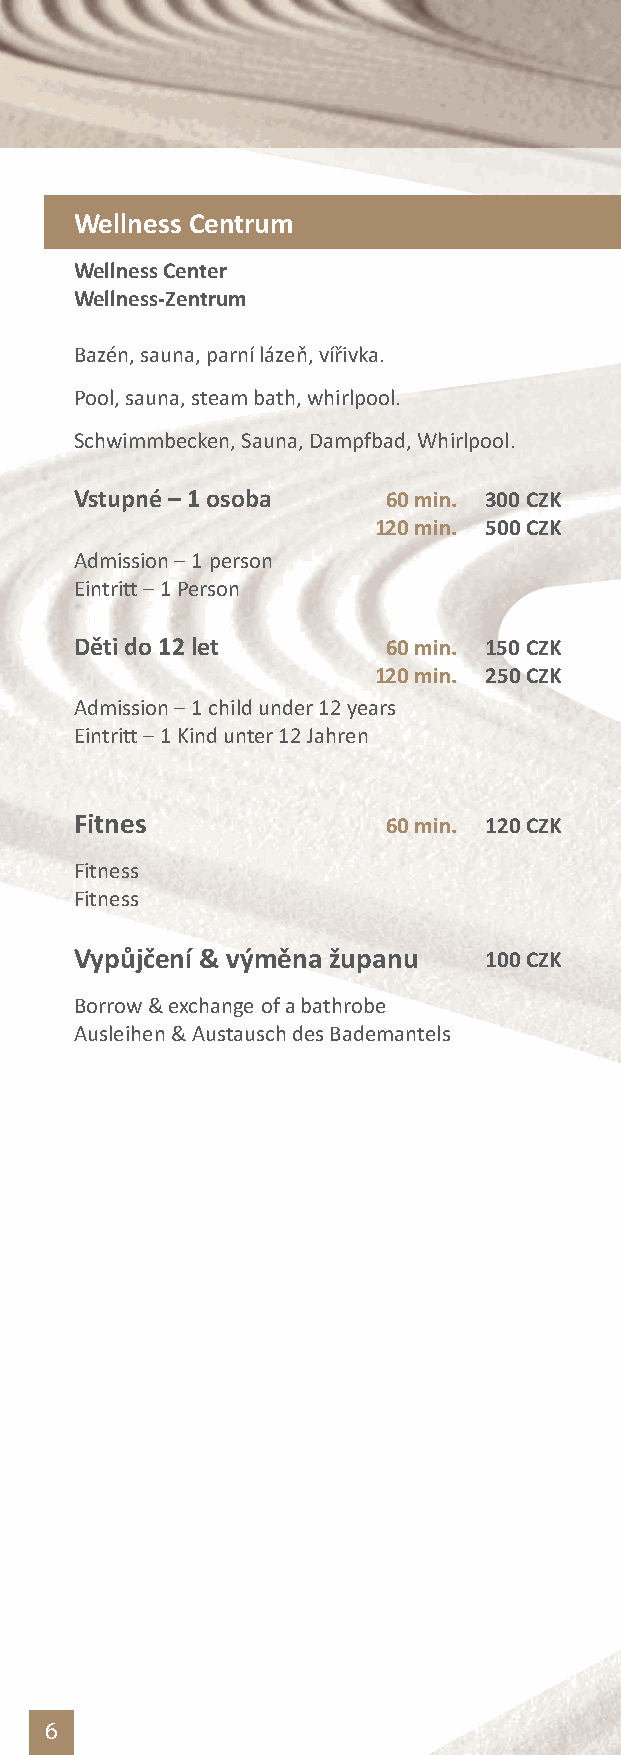
Wellness Centrum
 Wellness Center
 Wellness-Zentrum
 Bazén, sauna, parní lázeň,vířivka.
 Pool, sauna, steam bath, whirlpool.
 Schwimmbecken, Sauna, Dampfbad, Whirlpool.
 Vstupné–1 osoba      60 min. 300 CZK
 120min. 500CZK
 Admission–1 person
 Eintritt–1 Person
 Děti do 12 let       60 min. 150 CZK
 120min. 250CZK
 Admission–1 child under 12 years
 Eintritt–1 Kind unter 12 Jahren
 Fitnes               60min. 120CZK
 Fitness
 Fitness
 Vypůjčení & výměna županu  100CZK
 Borrow&exchangeof abathrobe
 Ausleihen&Austauschdes Bademantels
 6